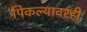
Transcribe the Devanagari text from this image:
पिकल्यावरही